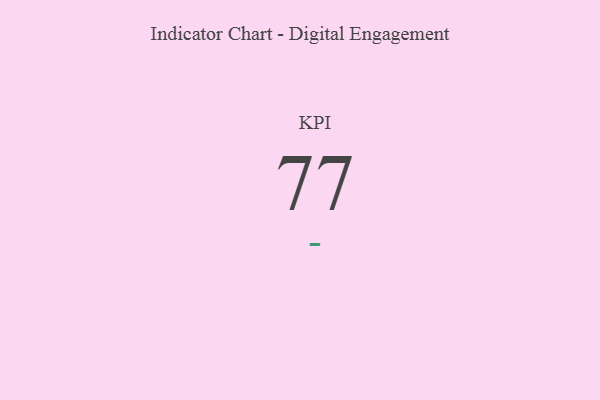
{"axis": {"x": "KPI", "y": "Value"}, "legend": [""], "data": [{"x": "KPI", "y": 77, "type": ""}]}